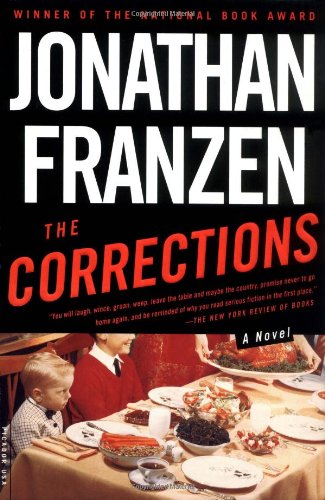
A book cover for The Corrections: A Novel; Jonathan Franzen; Literature & Fiction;